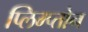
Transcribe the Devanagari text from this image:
प्लिम्प्तोन